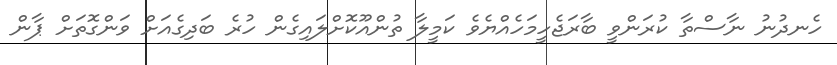
ހެނދުނު ނާސްތާ ކުރަންވީ ބާރަޖެހީމަހެއްޔެވެ ކަމީލާ ތުންއޫކޮށްލައިގެން ހުރެ ބަދިގެއަށް ވަންގޮތަށް ޕާން